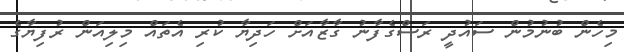
މިހެން ބުނުމުން ސައުދީ ރަސްގެފާނު ގާޒާއަށް ހަދިޔާ ކުރި އެތައް މިލިއަން ރުފިޔާގެ